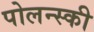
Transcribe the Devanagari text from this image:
पोलन्स्की